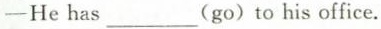
-He has ___(go)to his office.